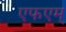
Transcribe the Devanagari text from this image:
एफएम्